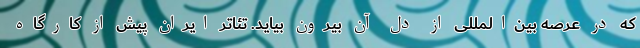
که در عرصه بین‌المللی از دل آن بیرون بیاید. تئاتر ایران پیش از کارگاه